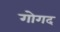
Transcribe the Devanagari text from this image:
गोगद